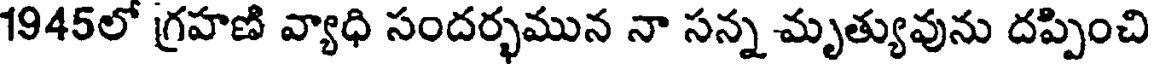
1945లో గ్రహణి వ్యాధి సందర్భమున నా సన్న మృత్యువును దప్పించి